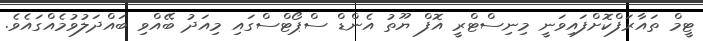
ޓީމް ތައާރަފްކޮށްފައިވަނީ މިނިސްޓްރީ އޮފް ޔޫތު އެންޑް ސްޕޯޓްސްގައި މިއަދު ބޭއްވި ބައްދަލުވުމެއްގައެވެ.